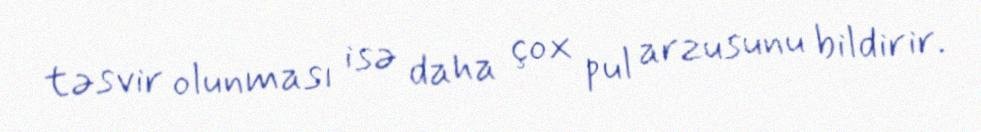
təsvir olunması isə daha çox pul arzusunu bildirir.